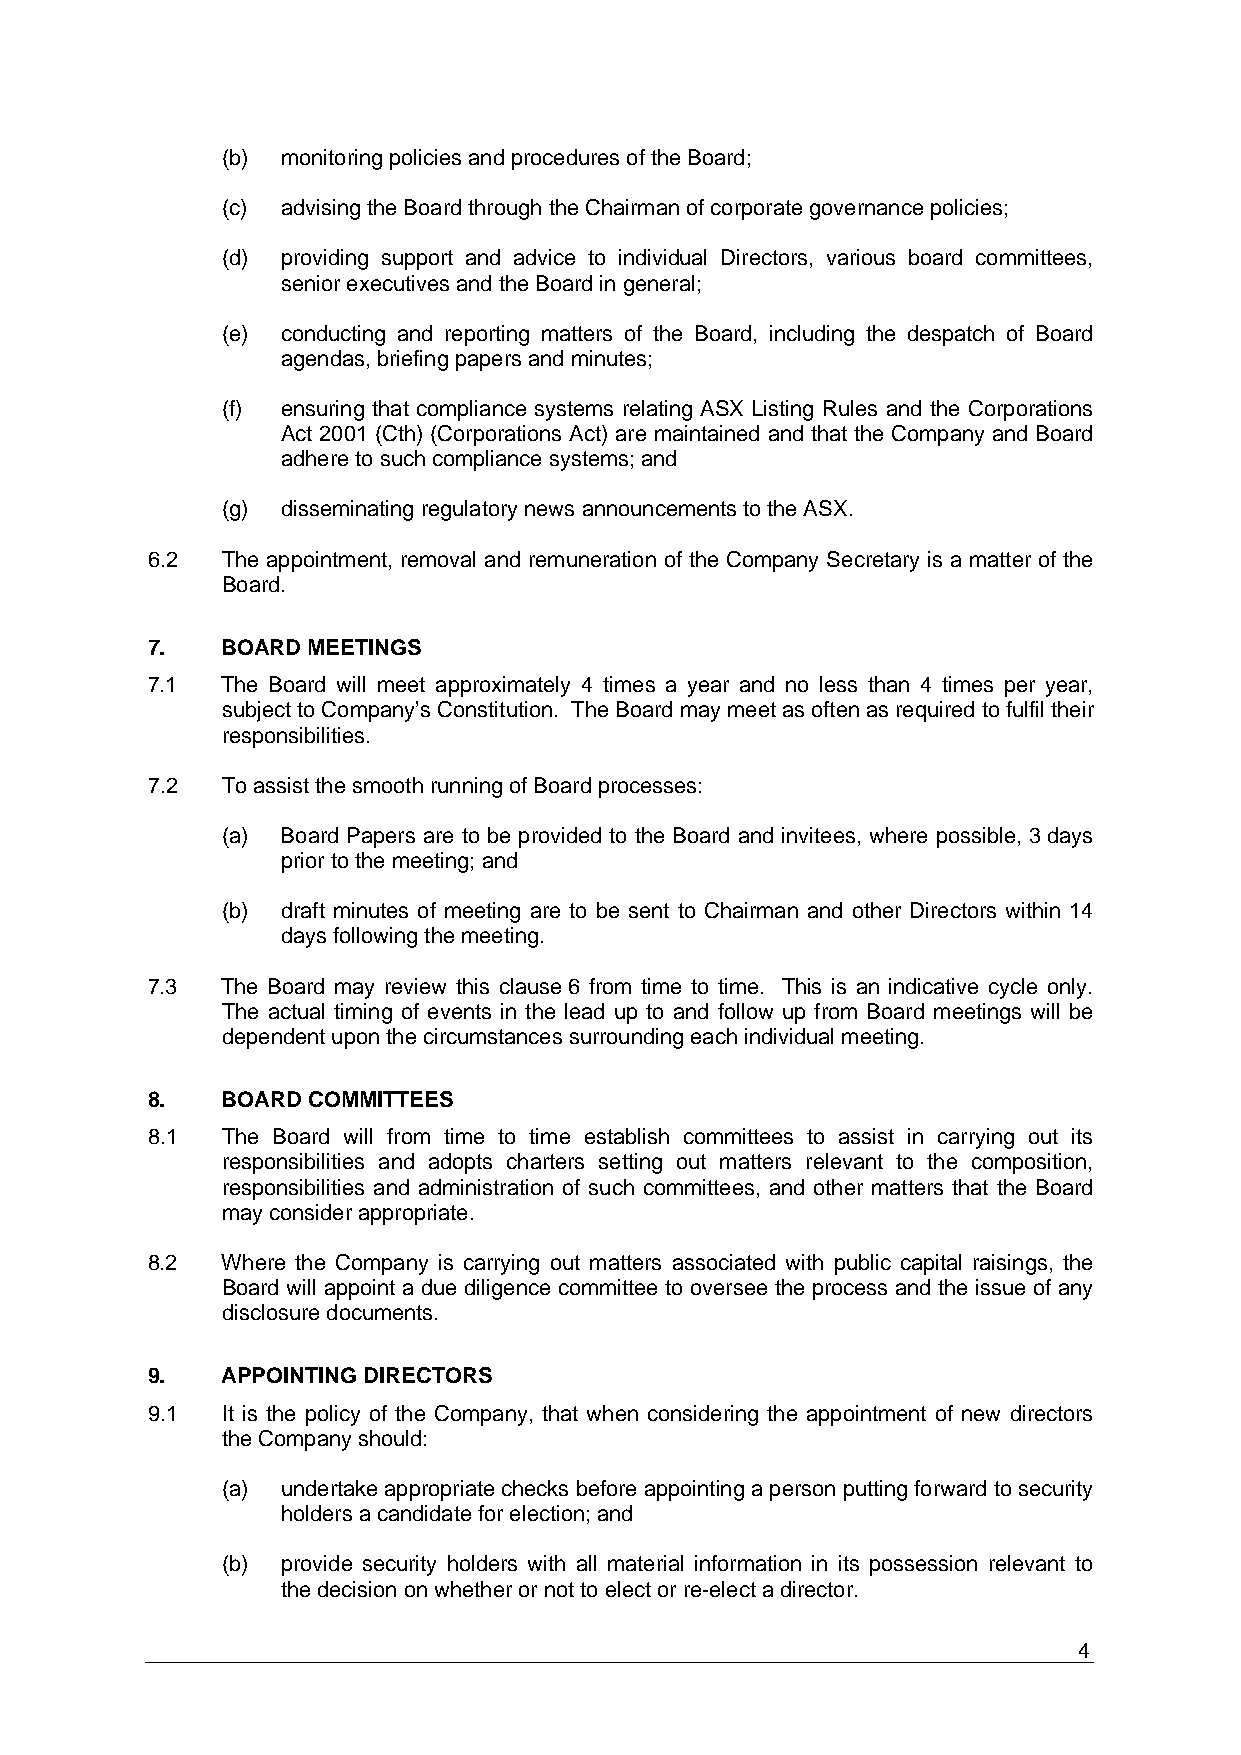
(b) monitoring policies and procedures of the Board;
 (c) advising the Board through the Chairman of corporate governance policies;
 (d) providing support and advice to individual Directors, various board committees,
 senior executives and the Board in general;
 (e) conducting and reporting matters of the Board, including the despatch of Board
 agendas, briefing papers and minutes;
 (f) ensuring that compliance systems relating ASX Listing Rules and the Corporations
 Act 2001 (Cth) (Corporations Act) are maintained and that the Company and Board
 adhere to such compliance systems; and
 (g) disseminating regulatory news announcements to the ASX.
 6.2  The appointment, removal and remuneration of the Company Secretary is a matter of the
 Board.
 7.   BOARD MEETINGS
 7.1  The Board will meet approximately 4 times a year and no less than 4 times per year,
 subject to Company’s Constitution. The Board may meet as often as required to fulfil their
 responsibilities.
 7.2  To assist the smooth running of Board processes:
 (a) Board Papers are to be provided to the Board and invitees, where possible, 3 days
 prior to the meeting; and
 (b) draft minutes of meeting are to be sent to Chairman and other Directors within 14
 days following the meeting.
 7.3  The Board may review this clause 6 from time to time. This is an indicative cycle only.
 The actual timing of events in the lead up to and follow up from Board meetings will be
 dependent upon the circumstances surrounding each individual meeting.
 8.   BOARD COMMITTEES
 8.1  The Board will from time to time establish committees to assist in carrying out its
 responsibilities and adopts charters setting out matters relevant to the composition,
 responsibilities and administration of such committees, and other matters that the Board
 may consider appropriate.
 8.2  Where the Company is carrying out matters associated with public capital raisings, the
 Board will appoint a due diligence committee to oversee the process and the issue of any
 disclosure documents.
 9.   APPOINTING DIRECTORS
 9.1  It is the policy of the Company, that when considering the appointment of new directors
 the Company should:
 (a) undertake appropriate checks before appointing a person putting forward to security
 holders a candidate for election; and
 (b) provide security holders with all material information in its possession relevant to
 the decision on whether or not to elect or re-elect a director.
 4